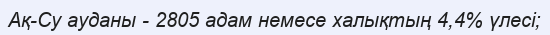
Ақ-Су ауданы - 2805 адам немесе халықтың 4,4% үлесі;